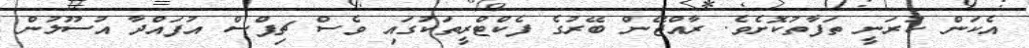
އެކަން ކުރަނީ ތަފާތުކޮށެވެ. ރާއްޖޭން ބޭރުގެ ފެކްޓްރީތަކުގައި ވެސް ޗިޕްސް އުފައްދާ އުސޫލުން